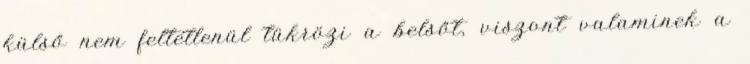
külső nem feltétlenül tükrözi a belsőt, viszont valaminek a